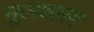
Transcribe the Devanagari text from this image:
मूलशास्त्र